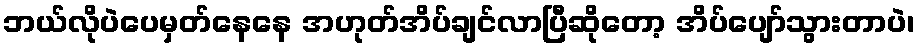
ဘယ်လိုပဲပေမှတ်နေနေ အဟုတ်အိပ်ချင်လာပြီဆိုတော့ အိပ်ပျော်သွားတာပဲ၊